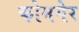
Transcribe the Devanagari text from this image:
कोमगेर